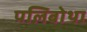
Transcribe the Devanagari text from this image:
पलिबोथा